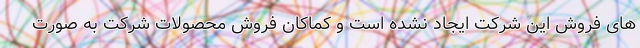
های فروش این شرکت ایجاد نشده است و کماکان فروش محصولات شرکت به صورت